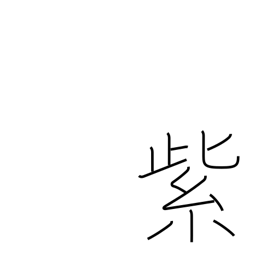
Meaning: purple